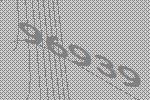
96939